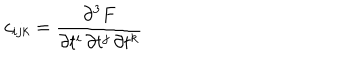
LaTeX: c _ { i j k } = \frac { \partial ^ { 3 } F } { \partial t ^ { i } \, \partial t ^ { j } \, \partial t ^ { k } }